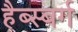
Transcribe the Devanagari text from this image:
हैब्स्बर्ग